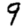
Digit: 9